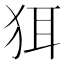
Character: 𬌯